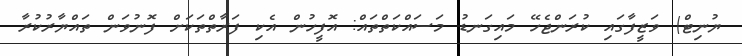
ޔުނިޓް) ވަޒީފާގައި ކުރަންޖެހޭ މައިގަނޑު މަސައްކަތްތައް: އޮފީހުން އެކި ފަރާތްތަކަށް ފޮނުވަން ތައްޔާރުކުރާ